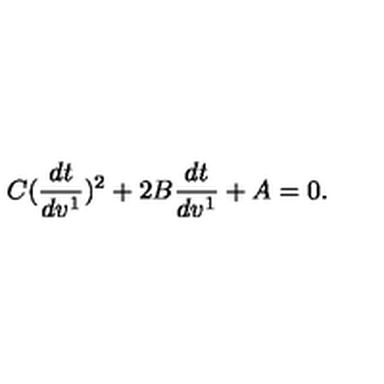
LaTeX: C ( \frac { d t } { d v ^ { 1 } } ) ^ { 2 } + 2 B \frac { d t } { d v ^ { 1 } } + A = 0 .